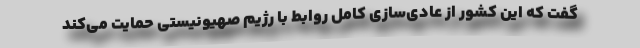
گفت که این کشور از عادی‌سازی کامل روابط با رژیم صهیونیستی حمایت می‌کند